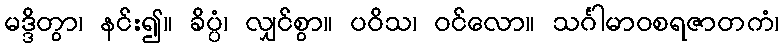
မဒ္ဒိတွာ၊ နင်း၍။ ခိပ္ပံ၊ လျှင်စွာ။ ပဝိသ၊ ဝင်လော။ သင်္ဂါမာဝစရဇာတကံ၊